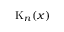
\mathrm { K } _ { n } ( x )